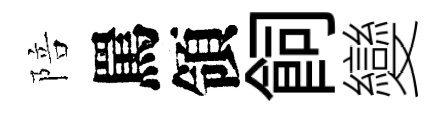
陪罵領飼變